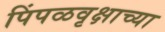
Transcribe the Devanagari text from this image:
पिंपळवृक्षाच्या